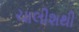
ચાલીશથી